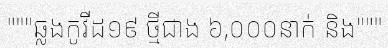
"""ឆ្លងកូវីដ១៩ ថ្មីជាង ៦,០០០នាក់ និង"""